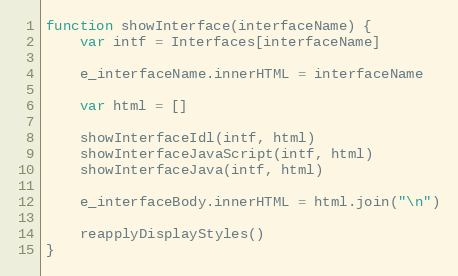
Language: JavaScript
function showInterface(interfaceName) {
    var intf = Interfaces[interfaceName]

    e_interfaceName.innerHTML = interfaceName

    var html = []

    showInterfaceIdl(intf, html)
    showInterfaceJavaScript(intf, html)
    showInterfaceJava(intf, html)

    e_interfaceBody.innerHTML = html.join("\n")

    reapplyDisplayStyles()
}